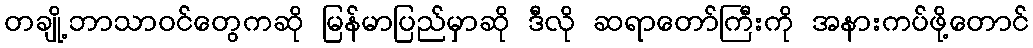
တချို့ဘာသာဝင်တွေကဆို မြန်မာပြည်မှာဆို ဒီလို ဆရာတော်ကြီးကို အနားကပ်ဖို့တောင်